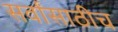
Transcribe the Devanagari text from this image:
सर्वांसाठीच